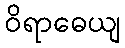
ဝိရာဓေယျ